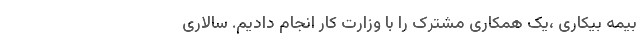
بیمه بیکاری ،یک همکاری مشترک را با وزارت کار انجام دادیم. سالاری